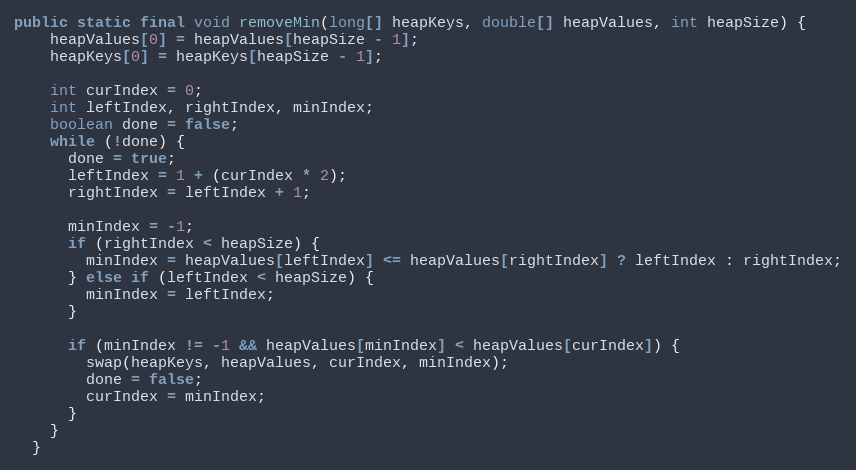
Language: Java
public static final void removeMin(long[] heapKeys, double[] heapValues, int heapSize) {
    heapValues[0] = heapValues[heapSize - 1];
    heapKeys[0] = heapKeys[heapSize - 1];

    int curIndex = 0;
    int leftIndex, rightIndex, minIndex;
    boolean done = false;
    while (!done) {
      done = true;
      leftIndex = 1 + (curIndex * 2);
      rightIndex = leftIndex + 1;

      minIndex = -1;
      if (rightIndex < heapSize) {
        minIndex = heapValues[leftIndex] <= heapValues[rightIndex] ? leftIndex : rightIndex;
      } else if (leftIndex < heapSize) {
        minIndex = leftIndex;
      }

      if (minIndex != -1 && heapValues[minIndex] < heapValues[curIndex]) {
        swap(heapKeys, heapValues, curIndex, minIndex);
        done = false;
        curIndex = minIndex;
      }
    }
  }